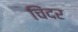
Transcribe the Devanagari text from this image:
चिंदर